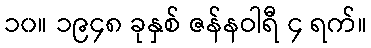
၁၀။ ၁၉၄၈ ခုနှစ် ဇန်နဝါရီ ၄ ရက်။